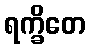
ရက္ခိတေ